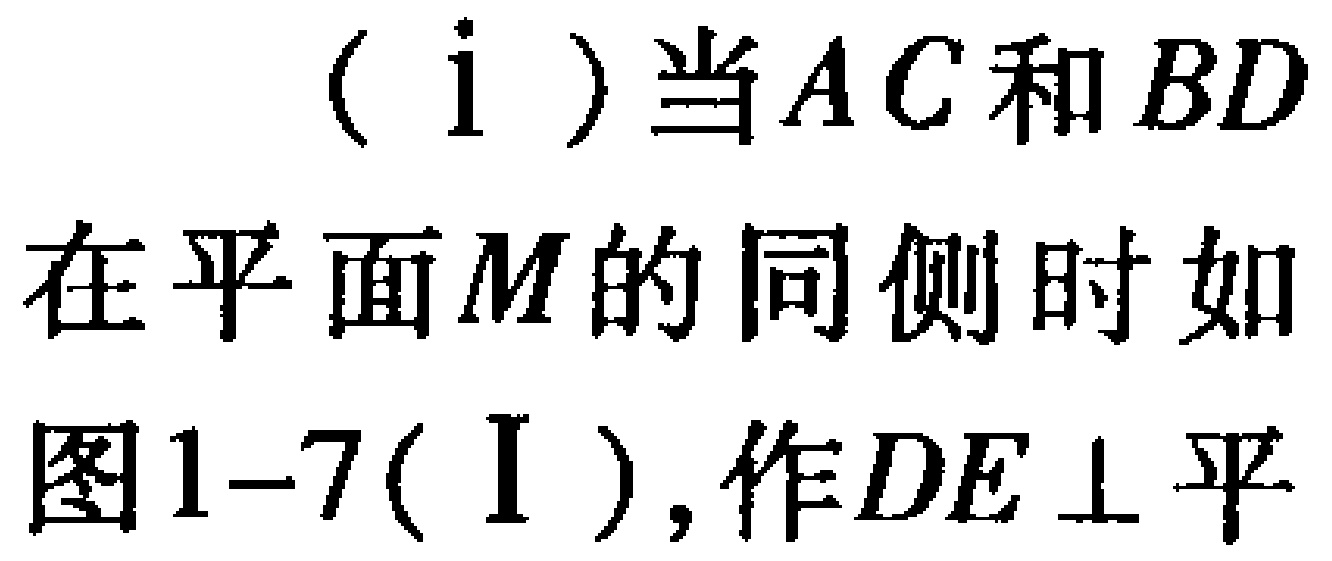
（i）当$AC$和$BD$在平面$M$的同侧时如图1-7(Ⅰ), 作$DE\perp$平